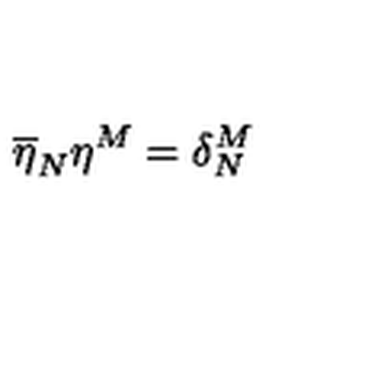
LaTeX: \overline { { \eta } } _ { N } \eta ^ { M } = \delta _ { N } ^ { M }